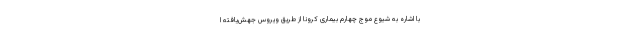
با اشاره به شیوع موج چهارم بیماری کرونا از طریق ویروس جهش‌یافته ا